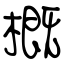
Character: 概